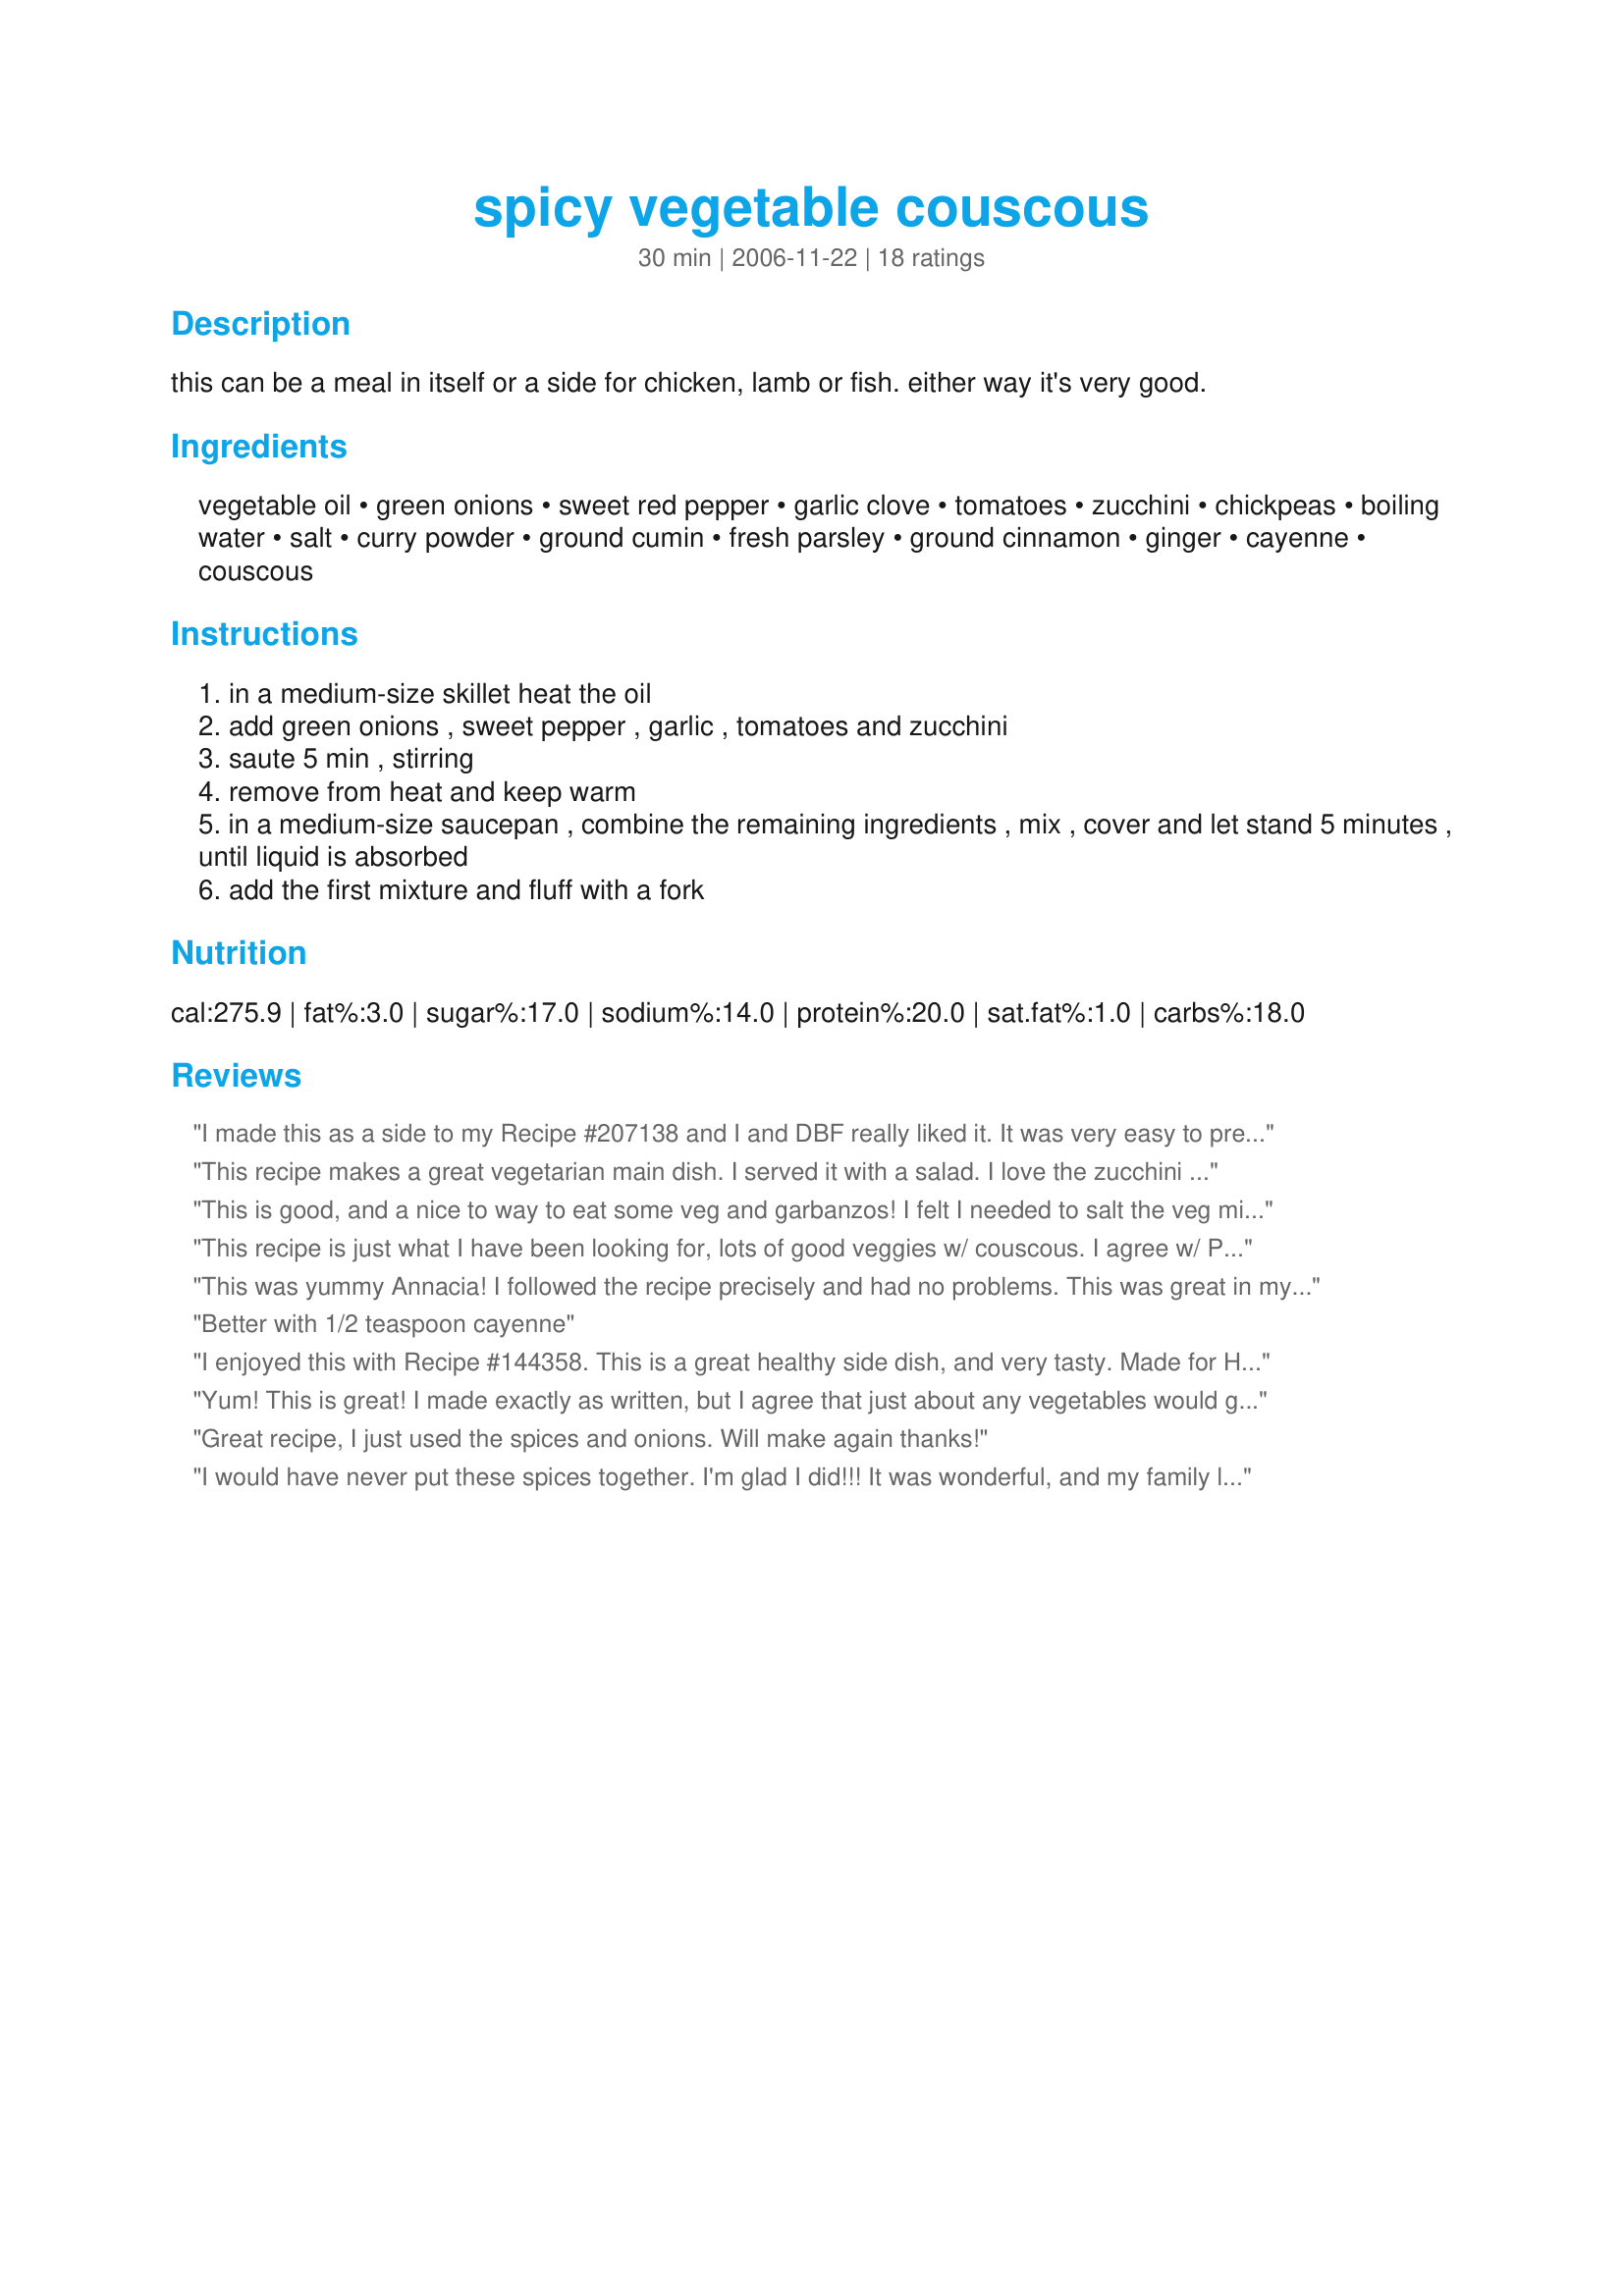
spicy vegetable couscous
Preparation time: 30 minutes

this can be a meal in itself or a side for chicken, lamb or fish. either way it's very good.

Ingredients:
vegetable oil, green onions, sweet red pepper, garlic clove, tomatoes, zucchini, chickpeas, boiling water, salt, curry powder, ground cumin, fresh parsley, ground cinnamon, ginger, cayenne, couscous

Steps:
in a medium-size skillet heat the oil
add green onions , sweet pepper , garlic , tomatoes and zucchini
saute 5 min , stirring
remove from heat and keep warm
in a medium-size saucepan , combine the remaining ingredients , mix , cover and let stand 5 minutes , until liquid is absorbed
add the first mixture and fluff with a fork

Reviews:
I made this as a side to my Recipe #207138 and I and DBF really liked it. It was very easy to prepare, very tasty, and combined the starch side dish and vegetable side dish into one. I made no changes to the recipe this time. I think in the future, however, I may just add a dash of cinnamon as I am not a huge fan of the spice and even 1/8 tsp. seemed a bit much for my tastes. Otherwise, I was very pleased. Thanks Annacia!
This recipe makes a great vegetarian main dish. I served it with a salad. I love the zucchini and tomatoes together and the very yummy combo of spices. The only thing I did differently was use the whole can of chickpeas (just under 2 cups) just to use them up. This makes a really quick, delicious and filling meal. Thanks Annacia!
This is good, and a nice to way to eat some veg and garbanzos! I felt I needed to salt the veg mix a bit, and then a bit more at the end to the whole dish. Then I also added some leftover artichokes, and even a few olives...I know, these flavours really should not be together. But I think it&#039;s good. Normally I wouldn&#039;t add the artichokes or olives, just wanted to use up. Thanks!!
This recipe is just what I have been looking for, lots of good veggies w/ couscous. I agree w/ Princapessa, needs more cayenne, but my family likes our food spicy hot. Thanks for sharing!
This was yummy Annacia! I followed the recipe precisely and had no problems. This was great in my lunchbox today, I like the chickpea and couscous combination. The cinnamon really makes this dish, try not to forget it. Thanks for a great recipe!
Better with 1/2 teaspoon cayenne
I enjoyed this with Recipe #144358. This is a great healthy side dish, and very tasty. Made for Holiday Tag Game. Thanks for posting Annacia.
Yum! This is great! I made exactly as written, but I agree that just about any vegetables would go well. Very healthy and hearty. Thanks!
Great recipe, I just used the spices and onions. Will make again thanks!
I would have never put these spices together. I'm glad I did!!! It was wonderful, and my family loved it too. This is a new favorite !!!!
We loved this recipe! I left out the ginger and parsley as I didn&#039;t have any and replaced the green onion with red onion. It was delicious and a lovely change to our usual couscous recipes! Thanks for posting!
This is a new favorite!
This was really good! I've been getting bored of plain rice with my curries, so I tried this. It was good both as a side dish and as something to serve the curry over. I doubled the spices, used cilantro instead of parsley, and I used chicken broth instead of water. At the very end I added a splash more of chicken broth because it was a tad on the dry side for us. I'll make this one often.
I would have never put these spices together. I'm glad I did!!! It was wonderful, and my family loved it too!!!
4 1/4 stars. This is good as a side. I made ours gluten free using quinoa instead of couscous. I used a greater amount of canola oil to be soy free, mainly sweet orange peppers and some yellow as I didn't have any red on hand, a couple more canned plumb tomatoes, canned chickpeas, I cooked the quinoa as I usually do along with the remaining ingredients in step 4. I used sea salt, a not very spicy curry powder (as we don't like very hot), flat leaf parsley, a bit more cinnamon than called for, cayenne to taste, plus the rest. Served with a raita. Made for Veggie Swap 32 ~ March 2011.
This is fantastic! We absolutely loved it, wouldn't change a thing!
The vegetables and couscous go well together but way too much cayenne pepper for us. All I can taste is the spicy, which is disappointing, given the great mix of vegetables.
This is my first attempt at couscous. We have never had it before tonight. Really liked this. I added some diced smoked chicken to the veges while cooking and had it as a complete meal. DH says without the chicken it would make a great side.
